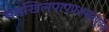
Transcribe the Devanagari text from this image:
ममखिलपापप्रशमनपूर्वक